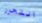
التحرر